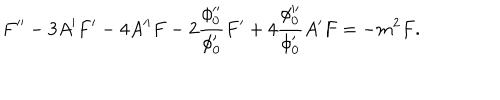
F ^ { \prime \prime } - 3 A ^ { \prime } F ^ { \prime } - 4 A ^ { \prime \prime } F - 2 \frac { \phi _ { 0 } ^ { \prime \prime } } { \phi _ { 0 } ^ { \prime } } F ^ { \prime } + 4 \frac { \phi _ { 0 } ^ { \prime \prime } } { \phi _ { 0 } ^ { \prime } } A ^ { \prime } F = - m ^ { 2 } F .